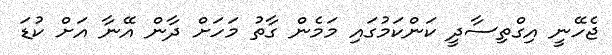
ޖެހޭނީ އިގްތިސާދީ ކަންކަމުގައި މަމެން ގާތު މަހަށް ދާން އޭނާ އަށް ކުޑަ